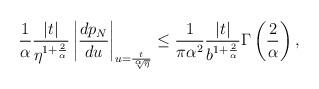
LaTeX: \begin{align*}\frac{1}{\alpha}\frac{|t|}{\eta^{1+\frac{2}{\alpha}}}\left|\frac{d p_N}{d u}\right|_{u= \frac{t}{\sqrt[\alpha]{\eta}}} \leq \frac{1}{\pi \alpha^2}\frac{|t|}{b^{1+\frac{2}{\alpha}}}\Gamma\left(\frac{2}{\alpha}\right),\end{align*}